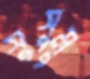
সুসুমু